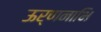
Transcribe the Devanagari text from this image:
ऊर्णनाभि